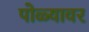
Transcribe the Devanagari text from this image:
पोळ्यावर